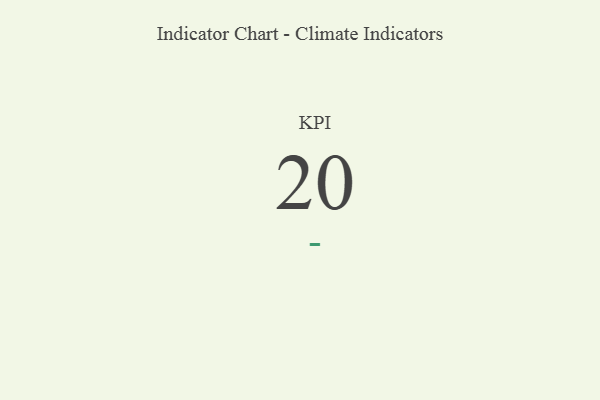
{"axis": {"x": "KPI", "y": "Value"}, "legend": [""], "data": [{"x": "KPI", "y": 20, "type": ""}]}